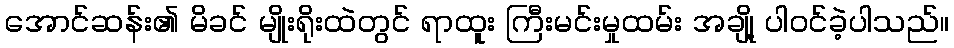
အောင်ဆန်း၏ မိခင် မျိုးရိုးထဲတွင် ရာထူး ကြီးမင်းမှုထမ်း အချို့ ပါဝင်ခဲ့ပါသည်။